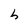
Character: h